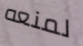
لمنعه